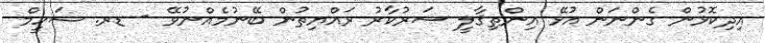
އިދިކޮޅުން ގެންނަން އުޅޭ އިންތިޤާލީ ސަރުކާރު ރައްޔިތުން ބޭނުމެއްނުވޭ - ޑރ. ޝަހީމް